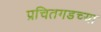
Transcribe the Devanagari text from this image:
प्रचितगडच्या